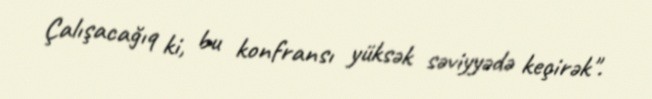
Çalışacağıq ki, bu konfransı yüksək səviyyədə keçirək".